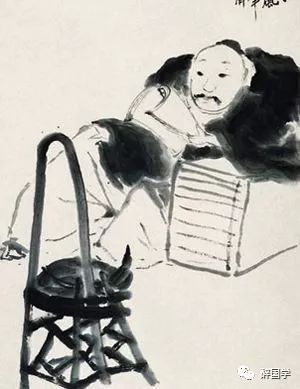
乱鸦三四点，愁坐话无憀。